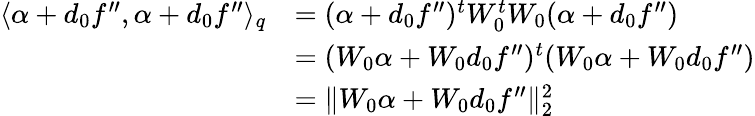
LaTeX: \begin{array}{rl}{\langle\alpha+d_{0}f^{\prime\prime},\alpha+d_{0}f^{\prime\prime}\rangle_{q}}&{=(\alpha+d_{0}f^{\prime\prime})^{t}W_{0}^{t}W_{0}(\alpha+d_{0}f^{\prime\prime})}\\ &{=(W_{0}\alpha+W_{0}d_{0}f^{\prime\prime})^{t}(W_{0}\alpha+W_{0}d_{0}f^{\prime\prime})}\\ &{=\| W_{0}\alpha+W_{0}d_{0}f^{\prime\prime}\| _{2}^{2}}\end{array}